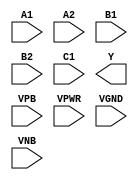
module sky130_fd_sc_hd__a221oi (
    //# {{data|Data Signals}}
    input  A1  ,
    input  A2  ,
    input  B1  ,
    input  B2  ,
    input  C1  ,
    output Y   ,

    //# {{power|Power}}
    input  VPB ,
    input  VPWR,
    input  VGND,
    input  VNB
);
endmodule